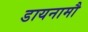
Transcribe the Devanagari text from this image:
डायनामौ